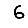
Digit: 6